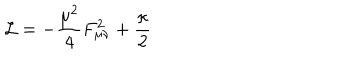
{ \cal L } = - \frac { \mu ^ { 2 } } { 4 } F _ { \mu \nu } ^ { 2 } + \frac { \kappa } { 2 }